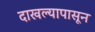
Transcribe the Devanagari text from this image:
दाखल्यापासून